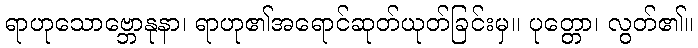
ရာဟုသောဗ္ဘောနုနာ၊ ရာဟု၏အရောင်ဆုတ်ယုတ်ခြင်းမှ။ ပုတ္တော၊ လွတ်၏။